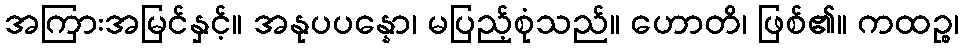
အကြားအမြင်နှင့်။ အနုပပန္နော၊ မပြည့်စုံသည်။ ဟောတိ၊ ဖြစ်၏။ ကထဉ္စ၊